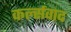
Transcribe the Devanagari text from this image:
कर्ल्सवाद